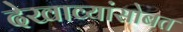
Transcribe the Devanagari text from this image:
देखाव्यांसोबत